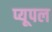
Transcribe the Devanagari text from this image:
प्यूपल